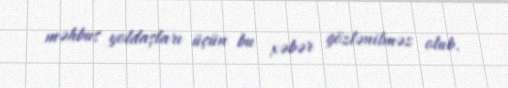
məhbus yoldaşları üçün bu xəbər gözlənilməz olub.